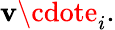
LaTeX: \mathbf{v}\cdote_{i}.